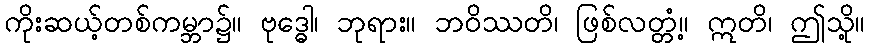
ကိုးဆယ့်တစ်ကမ္ဘာ၌။ ဗုဒ္ဓေါ၊ ဘုရား။ ဘဝိဿတိ၊ ဖြစ်လတ္တံ့။ ဣတိ၊ ဤသို့။